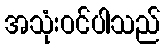
အသုံးဝင်ပါသည်